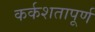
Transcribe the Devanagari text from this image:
कर्कशतापूर्ण